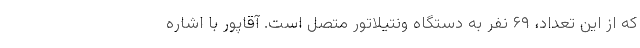
که از این تعداد، ۶۹ نفر به دستگاه ونتیلاتور متصل است. آقاپور با اشاره